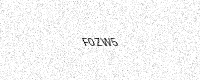
Text: F0ZW5